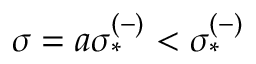
\sigma = a \sigma _ { * } ^ { ( - ) } < \sigma _ { * } ^ { ( - ) }